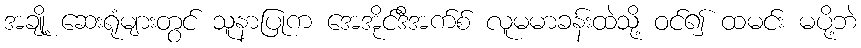
အချို့ ဆေးရုံများတွင် သူနာပြုက အေအိုင်ဒီအက်စ် လူမမာခန်းထဲသို့ ဝင်၍ ထမင်း မပို့ဘဲ